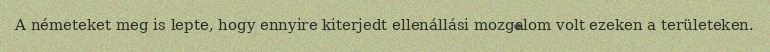
A németeket meg is lepte, hogy ennyire kiterjedt ellenállási mozgalom volt ezeken a területeken.